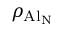
\rho _ { \mathrm { A l _ { N } } }